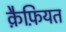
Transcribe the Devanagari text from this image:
क़ैफ़ियत